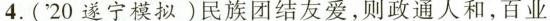
4.('20遂宁模拟)民族团结友爱，则政通人和，百业